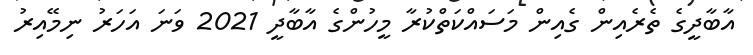
އާބާދީގެ ތެރެއިން ގެއިން މަސައްކަތްކުރާ މީހުންގެ އާބާދީ 2021 ވަނަ އަހަރު ނިމޭއިރު